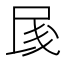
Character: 𱥨